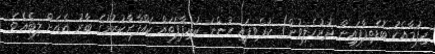
ހިފުމާއެކު ބޮޑެތިފާފައިން ދުރުހެލިވުން) ކުރެވިފައި ހުންނަ ކުދިފާފަތައް ކައްފާރާކުރުމުގެ ބާރު އެއަށް ލިބެއެވެ.